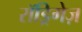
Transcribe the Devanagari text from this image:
रॉड्रिगेज़